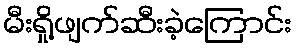
မီးရှို့ဖျက်ဆီးခဲ့ကြောင်း